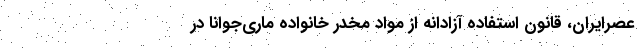
عصرایران، قانون استفاده آزادانه از مواد مخدر خانواده ماری‌جوانا در